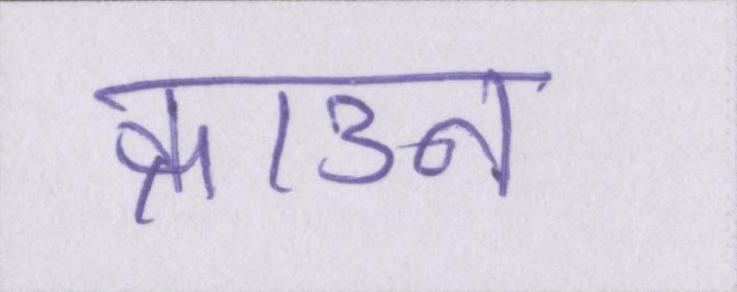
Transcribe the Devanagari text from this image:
क्राउन